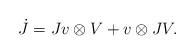
LaTeX: \begin{align*} \dot J= Jv\otimes V +v\otimes JV.\end{align*}